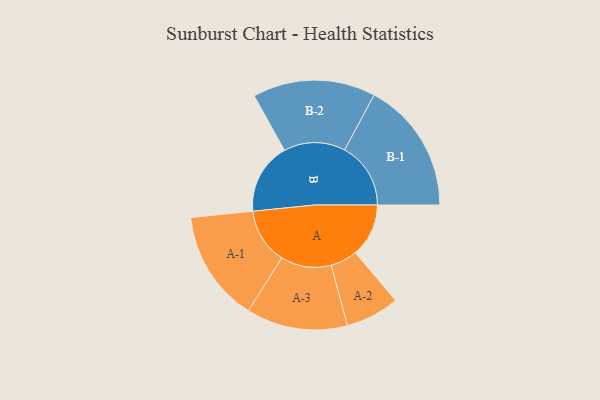
{"axis": {"x": "Segment", "y": "Value"}, "legend": ["", "A", "B"], "data": [{"x": "A", "y": 216, "type": ""}, {"x": "B", "y": 289, "type": ""}, {"x": "A-1", "y": 226, "type": "A"}, {"x": "A-2", "y": 109, "type": "A"}, {"x": "A-3", "y": 205, "type": "A"}, {"x": "B-1", "y": 268, "type": "B"}, {"x": "B-2", "y": 249, "type": "B"}]}